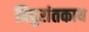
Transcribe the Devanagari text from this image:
त्रिपुरांतकाय